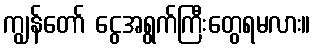
ကျွန်တော် ငွေအရွက်ကြီးတွေရမလား။